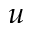
\boldsymbol { u }